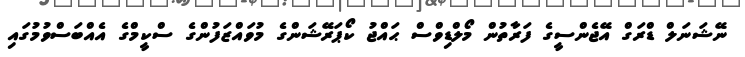
ނޭޝަނަލް ޑްރަގް އޭޖެންސީގެ ފަރާތުން މޯލްޑިވްސް ޙައްޖު ކޯޕަރޭޝަންގެ މުވައްޒަފުންގެ ސްކީމްގެ އެއްބަސްވުމުގައި